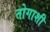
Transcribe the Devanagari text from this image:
तोगाशी